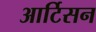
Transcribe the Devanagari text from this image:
आर्टिसन